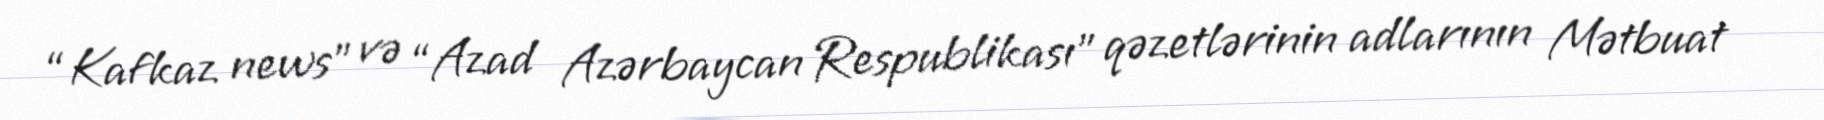
“Kafkaz news” və “Azad Azərbaycan Respublikası” qəzetlərinin adlarının Mətbuat